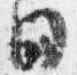
日